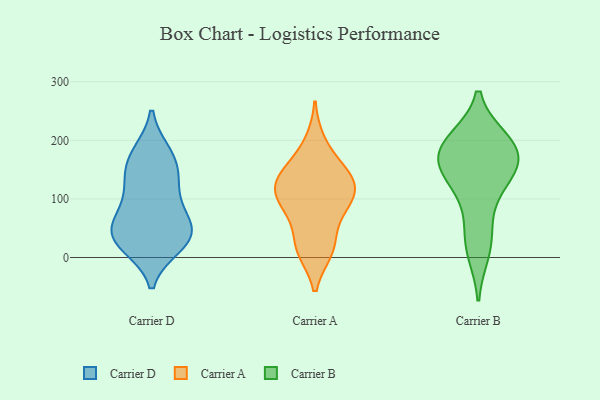
{"axis": {"x": "Customer Acquisition Cost (USD)", "y": "Value"}, "legend": ["Carrier A", "Carrier B", "Carrier D"], "data": [{"x": "", "y": 59, "type": "Carrier D"}, {"x": "", "y": 117, "type": "Carrier D"}, {"x": "", "y": 25, "type": "Carrier D"}, {"x": "", "y": 150, "type": "Carrier D"}, {"x": "", "y": 48, "type": "Carrier D"}, {"x": "", "y": 178, "type": "Carrier D"}, {"x": "", "y": 177, "type": "Carrier D"}, {"x": "", "y": 108, "type": "Carrier D"}, {"x": "", "y": 47, "type": "Carrier D"}, {"x": "", "y": 148, "type": "Carrier D"}, {"x": "", "y": 76, "type": "Carrier D"}, {"x": "", "y": 20, "type": "Carrier D"}, {"x": "", "y": 40, "type": "Carrier D"}, {"x": "", "y": 25, "type": "Carrier D"}, {"x": "", "y": 144, "type": "Carrier A"}, {"x": "", "y": 102, "type": "Carrier A"}, {"x": "", "y": 79, "type": "Carrier A"}, {"x": "", "y": 81, "type": "Carrier A"}, {"x": "", "y": 126, "type": "Carrier A"}, {"x": "", "y": 13, "type": "Carrier A"}, {"x": "", "y": 196, "type": "Carrier A"}, {"x": "", "y": 137, "type": "Carrier A"}, {"x": "", "y": 112, "type": "Carrier A"}, {"x": "", "y": 18, "type": "Carrier A"}, {"x": "", "y": 152, "type": "Carrier A"}, {"x": "", "y": 111, "type": "Carrier A"}, {"x": "", "y": 19, "type": "Carrier A"}, {"x": "", "y": 41, "type": "Carrier B"}, {"x": "", "y": 10, "type": "Carrier B"}, {"x": "", "y": 160, "type": "Carrier B"}, {"x": "", "y": 174, "type": "Carrier B"}, {"x": "", "y": 144, "type": "Carrier B"}, {"x": "", "y": 187, "type": "Carrier B"}, {"x": "", "y": 199, "type": "Carrier B"}, {"x": "", "y": 103, "type": "Carrier B"}, {"x": "", "y": 200, "type": "Carrier B"}, {"x": "", "y": 147, "type": "Carrier B"}]}